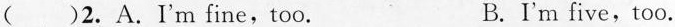
( )2.A.I'm fine,too. B. I'm five,too.